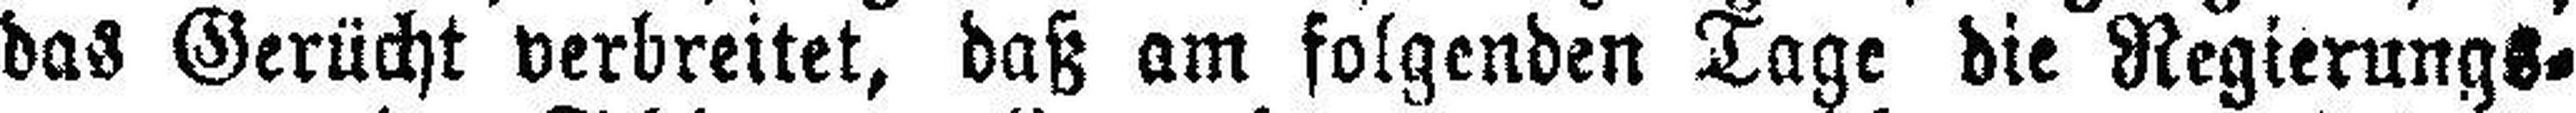
das Gerücht verbreitet, daß am folgenden Tage die Regierungs¬